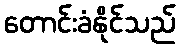
တောင်းခံနိုင်သည်